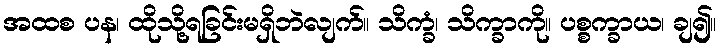
အထစ ပန၊ ထိုသို့ရခြင်းမရှိဘဲလျက်။ သိက္ခံ၊ သိက္ခာကို။ ပစ္စက္ခာယ၊ ချ၍။